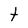
Character: t